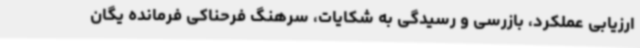
ارزیابی عملکرد، بازرسی و رسیدگی به شکایات، سرهنگ فرحناکی فرمانده یگان